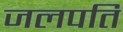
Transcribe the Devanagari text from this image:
जलपति